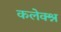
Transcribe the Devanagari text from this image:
कलेक्श्न